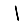
Digit: 1